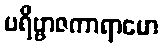
ပရိဗ္ဗာဇကာရာမော